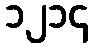
၁၂၁၄